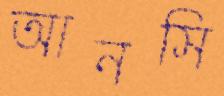
আনসি